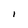
Character: 1